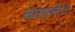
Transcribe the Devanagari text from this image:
बारह्सैनी